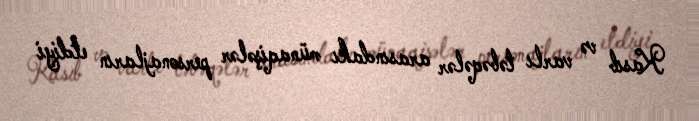
Kasıb və varlı təbəqələr arasındakı münaqişələr personajların etdiyi